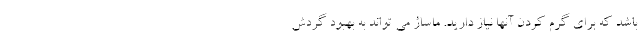
باشد که برای گرم کردن آنها نیاز دارید. ماساژ می تواند به بهبود گردش